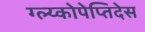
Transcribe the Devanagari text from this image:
ग्ल्य्कोपेप्तिदेस